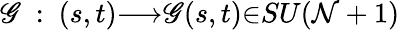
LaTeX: \mathscr{G}~:~(s,t){\longrightarrow}\mathscr{G}(s,t){\in}SU(\mathcal{N}+1)